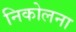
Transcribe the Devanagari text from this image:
निकोलना